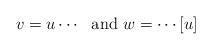
LaTeX: \begin{align*}v=u\cdots{\rm ~~and~}w=\cdots [u]\end{align*}